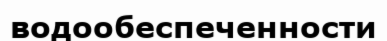
водообеспеченности